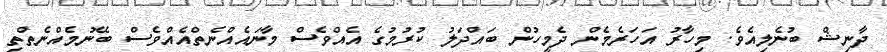
ދާނިޝް ބުނެލިއެވެ. މިހާރު އަހަރެެމެން ދެމީހުން ބައްދަލު ކުރުމުގެ އެއްވެސް މާނައެއްނެތްއެއްވެސް ބޭނުމެއްނެތްތި